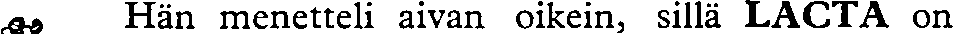
Hän menetteli aivan oikein, sillä LACTA on